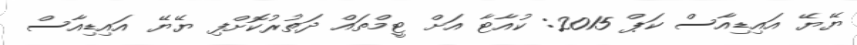
ޔޭޔޭ އައިޑިއާސް ކަޕް 2015: ކުއާޓާ އަށް ޓީމްތައް ދަތުރުކޮށްފި ޔޭޔޭ އައިޑިއާސް